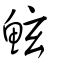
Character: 鮌